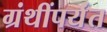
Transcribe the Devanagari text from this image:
ग्रंथींपर्यंत